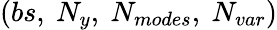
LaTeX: (bs,\ N_{y},\ N_{modes},\ N_{var})